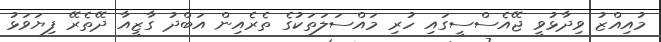
މުއިއްޒު ވިދާޅުވީ ޖޭއެސްސީގައި ހުރި މައްސަލަތަކުގެ ތެރެއިން އަބްދު ގާޒީއާ ދޭތެރޭ ފިޔަވަޅު